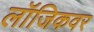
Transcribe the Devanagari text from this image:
लॉजिकवर